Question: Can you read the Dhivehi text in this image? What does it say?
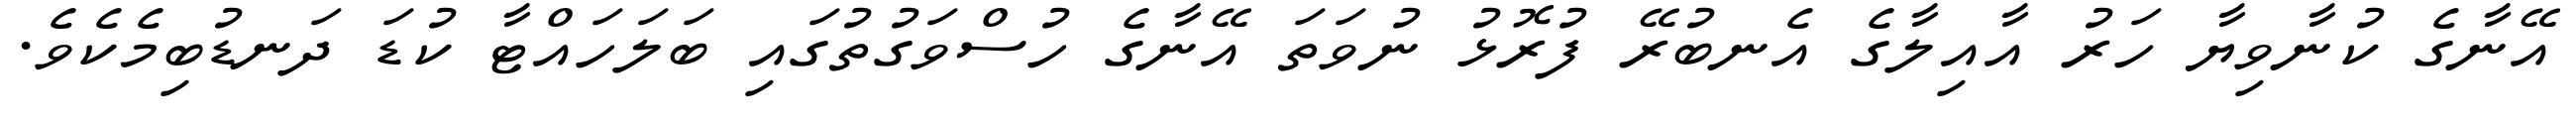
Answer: އޭނާގެ ކުނާވިޔާ ހަރު އާއިލާގެ އެނބުރޭ ފުރޮޅު ނުވަތަ އޭނާގެ ހުސްވަގުތުގައި ބަލަހައްޓާ ކުޑަ ދަނޑުބިމެކެވެ.